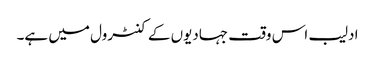
ادلیب اس وقت جہادیوں کے کنٹرول میں ہے۔